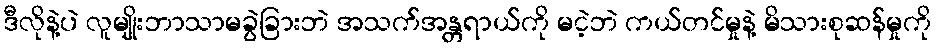
ဒီလိုနဲ့ပဲ လူမျိုးဘာသာမခွဲခြားဘဲ အသက်အန္တရာယ်ကို မငဲ့ဘဲ ကယ်တင်မှုနဲ့ မိသားစုဆန်မှုကို